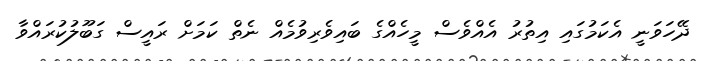
ދޭހަވަނީ އެކަމުގައި އިތުރު އެއްވެސް މީހެއްގެ ބައިވެރިވުމެއް ނެތް ކަމަށް ރައީސް ގަބޫލުކުރައްވާ